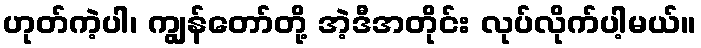
ဟုတ်ကဲ့ပါ၊ ကျွန်တော်တို့ အဲ့ဒီအတိုင်း လုပ်လိုက်ပါ့မယ်။